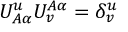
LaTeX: { \cal U } _ { A \alpha } ^ { u } { \cal U } _ { v } ^ { A \alpha } = \delta _ { v } ^ { u }